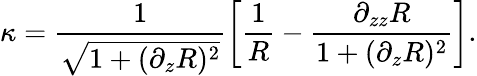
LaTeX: \kappa=\frac{1}{\sqrt{1+(\partial_{z}R)^{2}}}\left[\frac{1}{R}-\frac{\partial_{zz}R}{1+(\partial_{z}R)^{2}}\right].